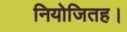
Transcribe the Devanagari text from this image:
नियोजितह।